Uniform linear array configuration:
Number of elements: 48
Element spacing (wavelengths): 1
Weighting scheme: exponential
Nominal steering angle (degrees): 30
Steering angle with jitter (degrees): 28.396
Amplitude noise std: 0.05
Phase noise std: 0.05

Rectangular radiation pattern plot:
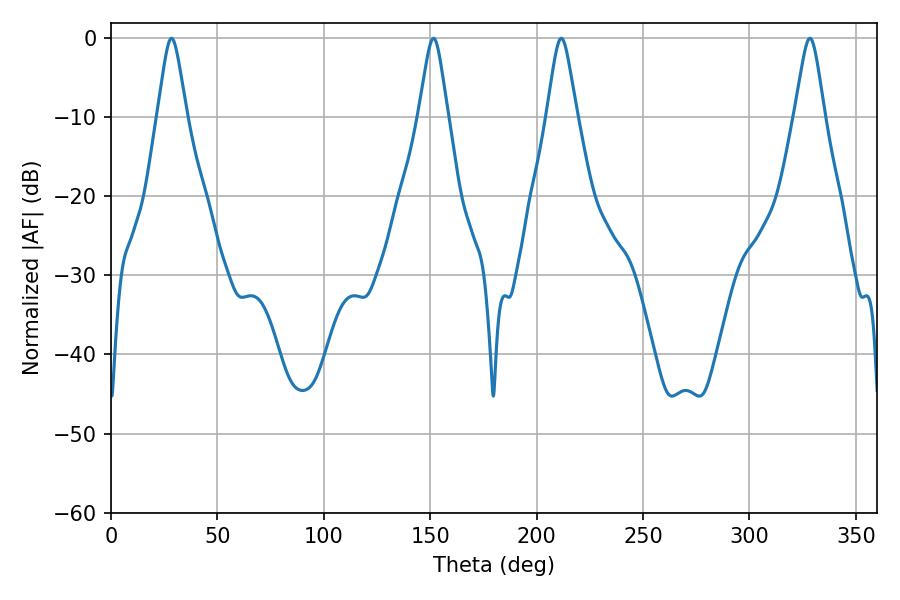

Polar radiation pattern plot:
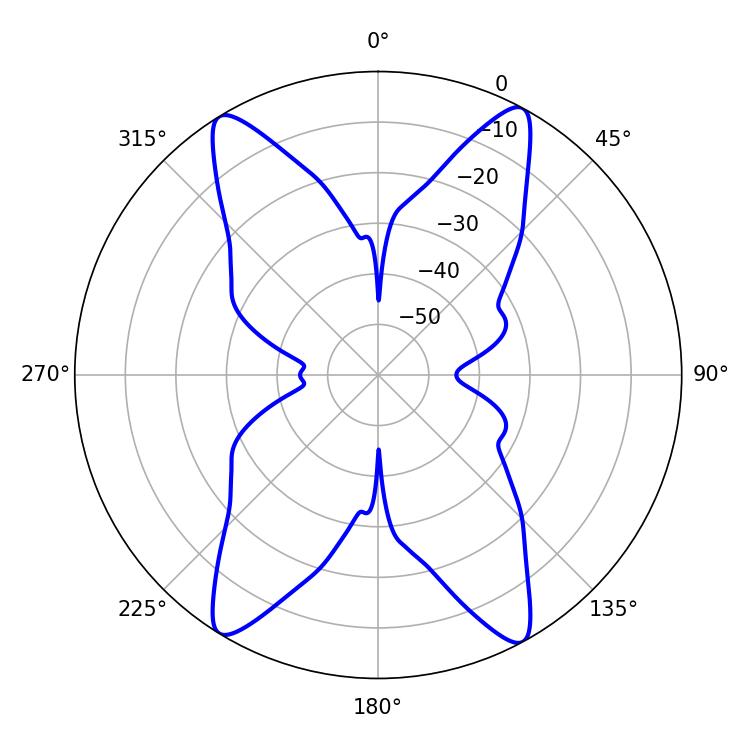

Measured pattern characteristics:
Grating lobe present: TRUE
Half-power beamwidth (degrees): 6.48
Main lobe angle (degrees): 28.44